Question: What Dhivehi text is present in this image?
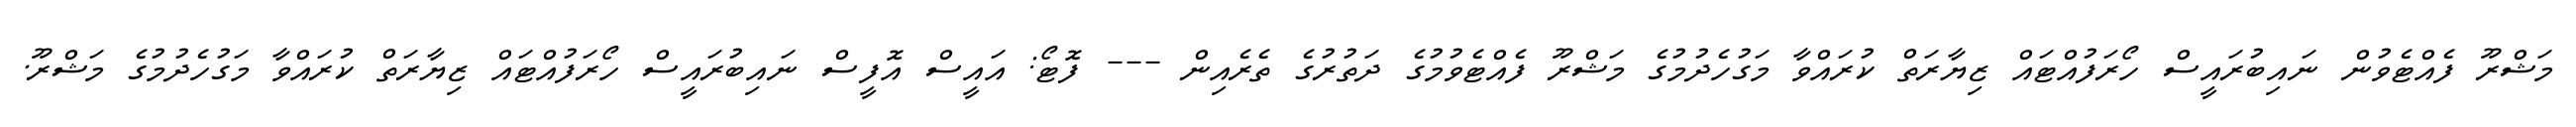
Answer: މަޝްރޫ ފެއްޓެވުން ނައިބުރައީސް ހޯރަފުއްޓައް ޒިޔާރަތް ކުރައްވާ މަގުހެދުމުގެ މަޝްރޫ ފެއްޓެވުމުގެ ދަތުރުގެ ތެރެއިން --- ފޮޓޯ: އައީސް އޮފީސް ނައިބުރައީސް ހޯރަފުއްޓައް ޒިޔާރަތް ކުރައްވާ މަގުހެދުމުގެ މަޝްރޫ.